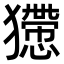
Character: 𤢻